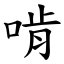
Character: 啃